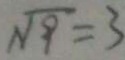
\sqrt { 9 } = 3